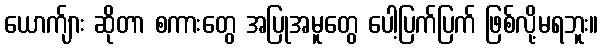
ယောက်ျား ဆိုတာ စကားတွေ အပြုအမူတွေ ပေါ့ပြက်ပြက် ဖြစ်လို့မရဘူး။